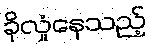
ခိုလှုံနေသည့်